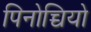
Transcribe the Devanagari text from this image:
पिनोच्चियो